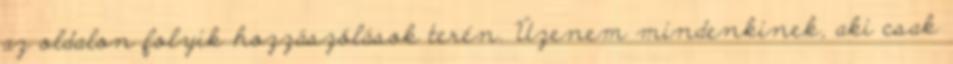
az oldalon folyik hozzászólások terén. Üzenem mindenkinek, aki csak